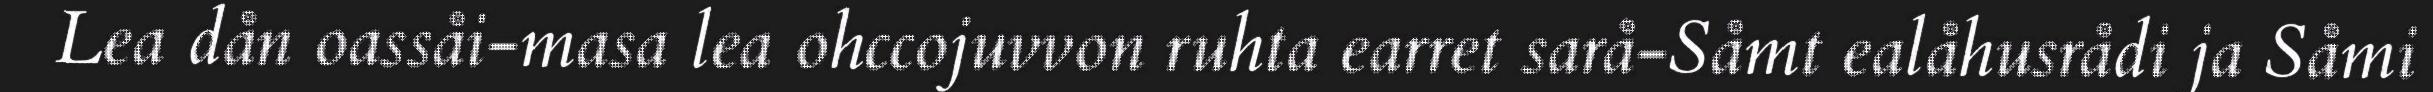
Lea dån oassåi-masa lea ohccojuvvon ruhta earret sarå-Såmt ealåhusrådi ja Såmi